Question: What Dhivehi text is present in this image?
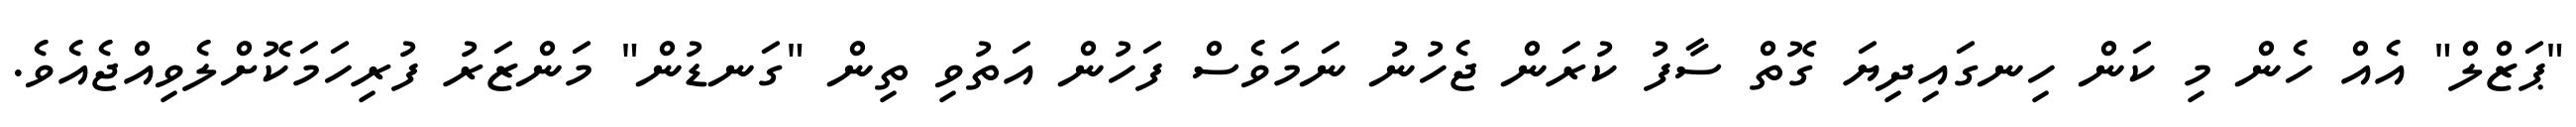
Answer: "ޕަޒްލް" އެއް ހެން މި ކަން ހިނގައިދިޔަ ގޮތް ސާފު ކުރަން ޖެހުނު ނަމަވެސް ފަހުން އަތުވި ތިން "ގަނޑުން" މަންޒަރު ފުރިހަމަކޮށްލެވިއްޖެއެވެ.